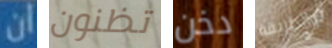
ان تظنون دخن والطريقة